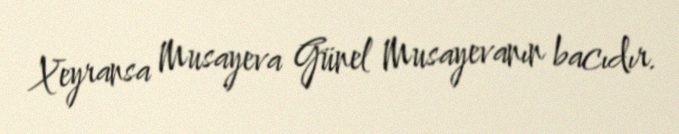
Xeyransa Musayeva Günel Musayevanın bacıdır.